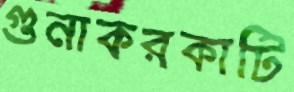
গুনাকরকাটি